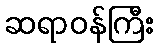
ဆရာဝန်ကြီး